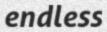
endless